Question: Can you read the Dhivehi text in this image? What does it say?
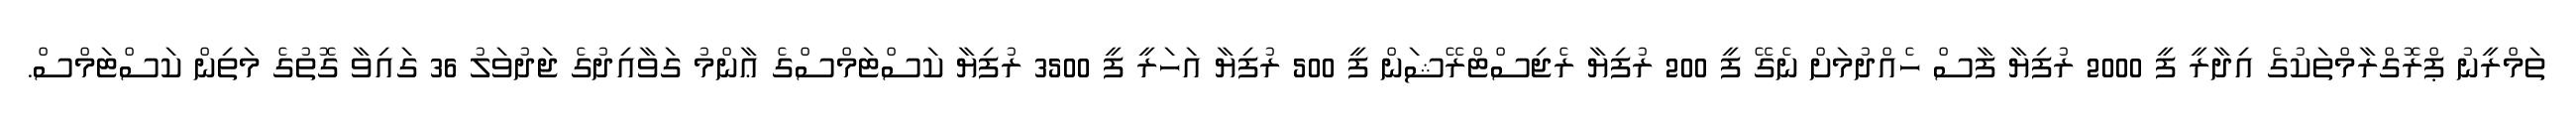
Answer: ތަމްރީނު ޕްރޮގްރާމްތަކުގެ އިދާރީ ފީ 2000 ރުފިޔާ ފާސް ހެއްދުމަށް ނެގޭ ފީ 200 ރުފިޔާ ރެޖިސްޓްރޭޝަން ފީ 500 ރުފިޔާ އަހަރީ ފީ 3500 ރުފިޔާ ކަސްޓަމްސްގެ ޢާންމު ގަވާއިދުގެ ޖަދުވަލު 36 ގައިވާ ގޮތުގެ މަތިން ކަސްޓަމްސް.